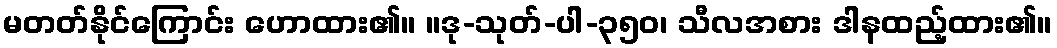
မတတ်နိုင်ကြောင်း ဟောထား၏။ ။ဒု-သုတ်-ပါ-၃၅၀၊ သီလအစား ဒါနထည့်ထား၏။